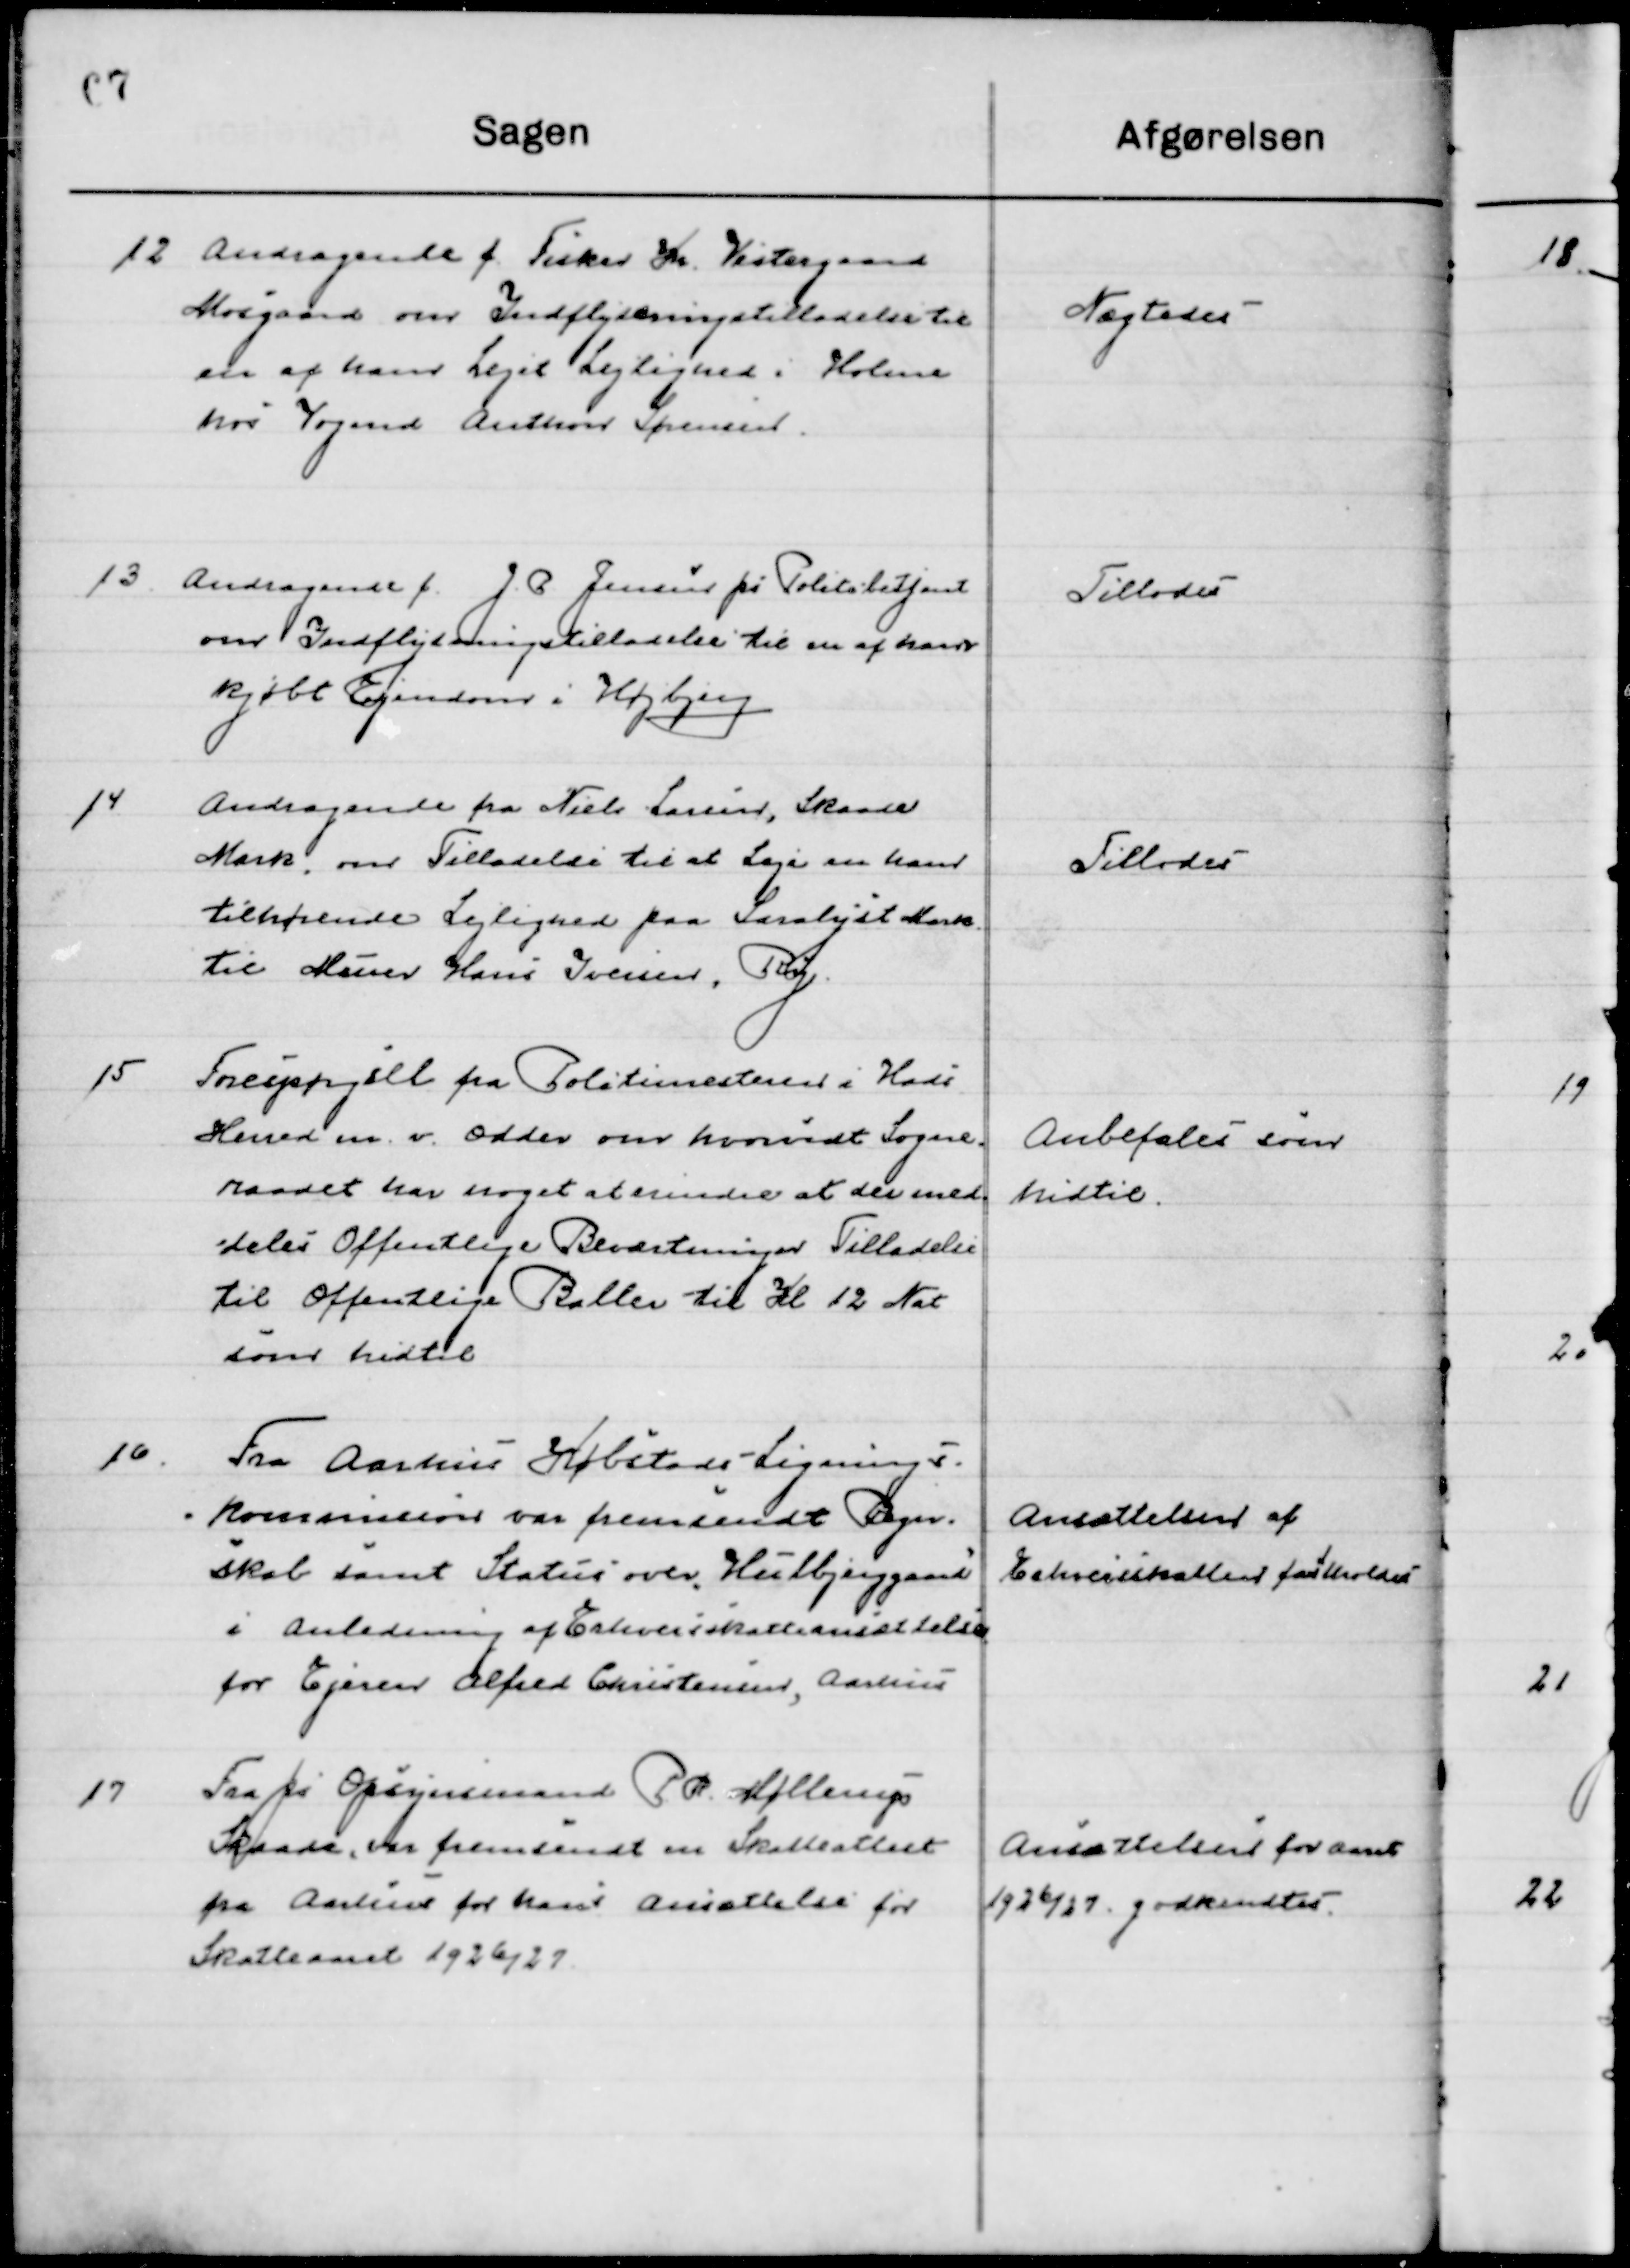
Transskription:
12

Andragende f. Fisker Kr. Vestergaard
Mosgaard om Indflytningstilladelse til 
en af hans Lejet Lejlighed i Holme
hos Vogmd. Anthon Sørensen

Nægtedes

13

Andragende f. J. P. Jensen fra Politibetjent
om Indflytningstilladelse til en af hans
kjøbte Ejendom i Højbjerg.

Tillodes

14

Andragende fra Niels Larsen, Skaade
Mark, om Tilladelse til at Leje en hans
tilhørende Lejlighed paa Saralyst Mark
til Murer Hans Iversen, Ry.

Tillodes

15

Forespørgsel fra Politimesteren i Hads 
Herreds m. v. Odder om hvorvidt Sogne-
raaadet har noget at erindrer at der med-
deles Offentlig Beværtning Tilladelse
til offentlige Baller til Kl. 12 Nat
som hidtil.

Anbefales som
Hidtil.

16

Fra Aarhus Købstads Lignes-
kommission var fremsendt Regn-
skab samt Status over Hulbjerggaard
i anledning af Erhvervsskatteansættelse 
af Ejer Alfred Christensen, Aarhus

Ansættelsen af
Erhvervsskatten fastholdes

17

Fra fri Opsynsmand P. R. Møllerup
Skaade var fremsendt en skatteattest
fra Aarhus for hans Ansættelse for
Skatteaaret 1926/27

Ansættelse for Aaret
1926/27 godkendtes.